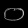
Digit: ၀